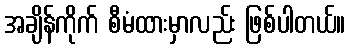
အချိန်ကိုက် စီမံထားမှာလည်း ဖြစ်ပါတယ်။